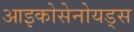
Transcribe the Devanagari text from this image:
आइकोसेनोयड्स